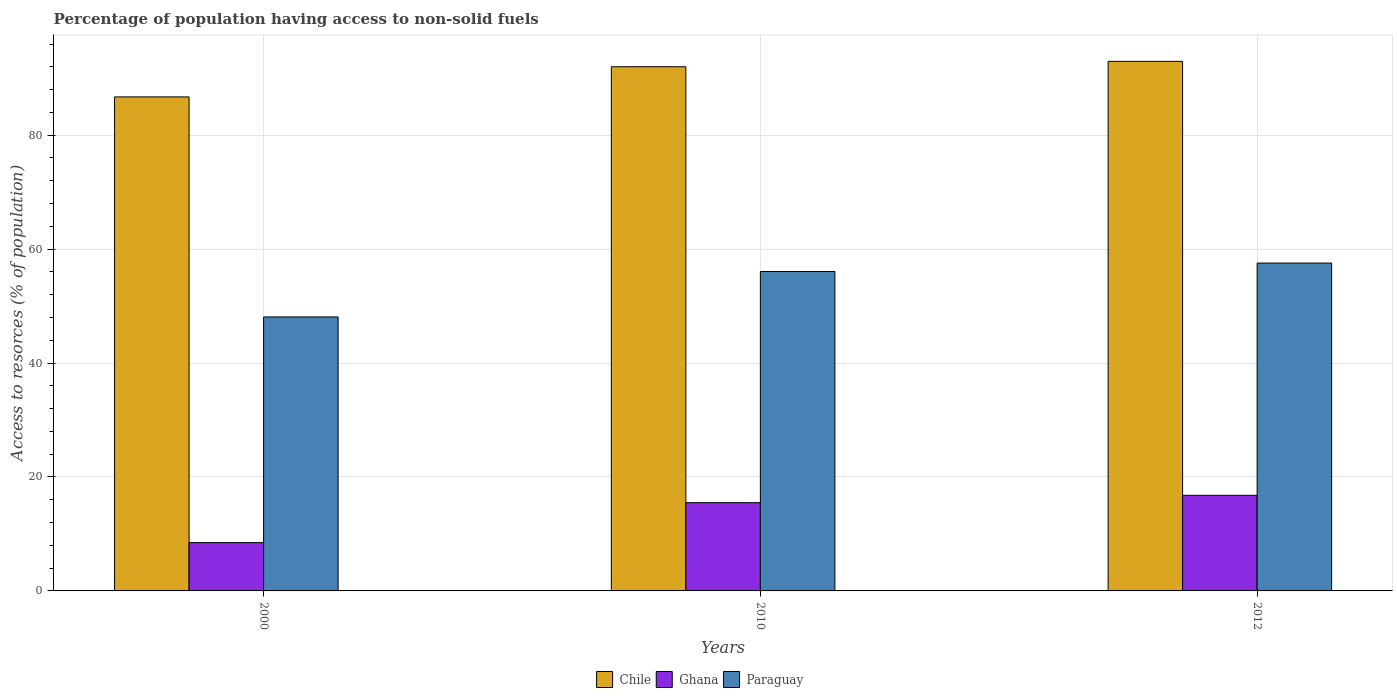
| Years | Chile | Ghana | Paraguay |
 | --- | --- | --- | --- |
 | 2000 | 86.7 | 8.48 | 48.1 |
 | 2010 | 92 | 15.5 | 56.1 |
 | 2012 | 93 | 16.8 | 57.6 |